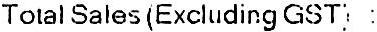
TOTAL SALES (EXCLUDING GST) :